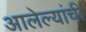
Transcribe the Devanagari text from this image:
आलेल्यांची